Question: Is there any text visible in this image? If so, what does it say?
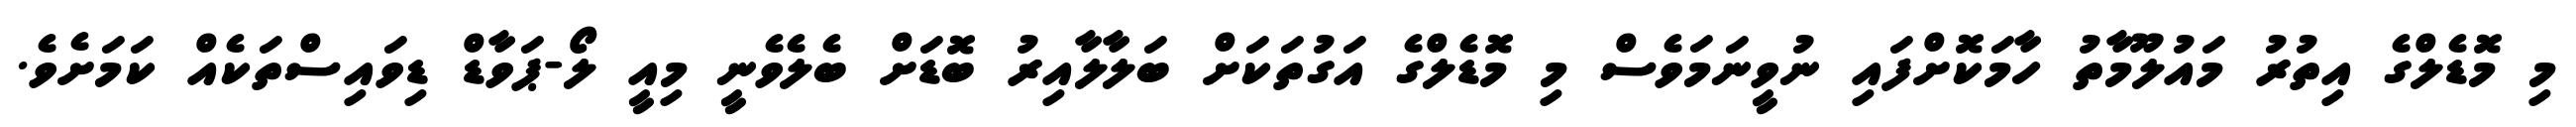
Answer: މި މޮޑެލްގެ އިތުރު މައުލޫމާތު ހާމަކޮށްފައި ނުވީނަމަވެސް މި މޮޑެލްގެ އަގުތަކަށް ބަލާލާއިރު ބޮޑަށް ބެލެވެނީ މިއީ ލޯ-ޕަވާޑް ޑިވައިސްތަކެއް ކަމަށެވެ.